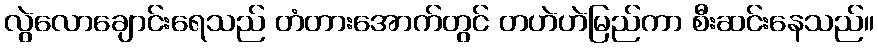
လွဲလောချောင်းရေသည် တံတားအောက်တွင် တဟဲဟဲမြည်ကာ စီးဆင်းနေသည်။